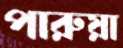
পারুয়া